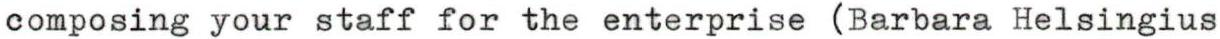
composing your staff for the enterprise (Barbara Helsingius